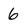
Character: 6